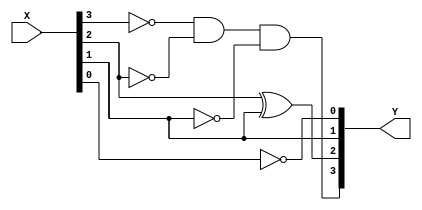
// Dunia Jaser 1201345
module nineComplements(Y,X);
input [3:0] X;
output [3:0] Y;


assign Y[0] = !X[0];
assign Y[1] = X[1];
assign Y[2]= X[2]^X[1];
assign Y[3]= (!X[3]) && (!X[2]) && (!X[1]) ;

endmodule